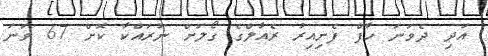
އަދި ދެވަނަ ހާފް ފެށިއިރު ރެއާލްގެ ގޯލަށް ނުރައްކާ ކޮށް 67 ވަނަ